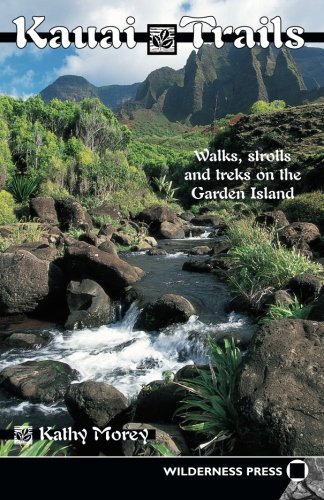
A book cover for Kauai Trails: Walks strolls and treks on the Garden Island (Kauai Trails: Walks, Strolls & Treks on the Garden Island); Kathy Morey; Travel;